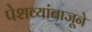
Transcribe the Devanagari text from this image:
पेशव्यांबाजूने